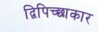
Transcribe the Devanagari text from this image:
द्विपिच्छाकार